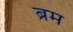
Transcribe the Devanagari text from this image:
ब्रम